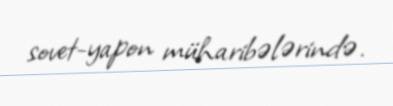
sovet-yapon müharibələrində.